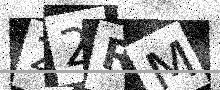
Text: 22RM